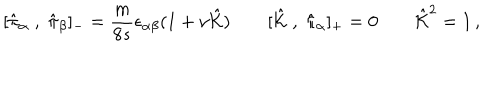
LaTeX: [ \hat { \pi } _ { \alpha } \; , \; \hat { \pi } _ { \beta } ] _ { - } = \frac { m } { 8 s } \epsilon _ { \alpha \beta } ( 1 + \nu \hat { \cal K } ) \qquad [ \hat { \cal K } \; , \; \hat { \pi } _ { \alpha } ] _ { + } = 0 \qquad \hat { \cal K } ^ { 2 } = 1 \, ,